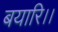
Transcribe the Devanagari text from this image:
बयारि।।